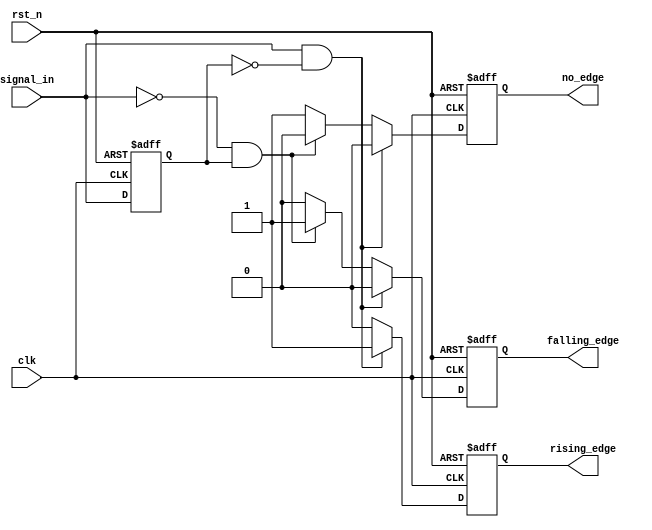
module DifferentialEdgeDetector (
    input wire clk,            // Clock input
    input wire rst_n,         // Active-low reset
    input wire signal_in,     // Input signal to monitor
    output reg rising_edge,    // Output signal for rising edge detection
    output reg falling_edge,   // Output signal for falling edge detection
    output reg no_edge         // Output signal for no edge
);

    // Memory block to hold the previous state of the input signal
    reg prev_signal;

    // Always block triggered on the rising edge of the clock or active-low reset
    always @(posedge clk or negedge rst_n) begin
        if (!rst_n) begin
            // Reset logic: Initialize registers
            prev_signal <= 1'b0;
            rising_edge <= 1'b0;
            falling_edge <= 1'b0;
            no_edge <= 1'b1; // No edge by default
        end else begin
            // Edge detection logic
            // Clear output signals
            rising_edge <= 1'b0;
            falling_edge <= 1'b0;
            no_edge <= 1'b0;

            // Check for rising edge
            if (signal_in == 1'b1 && prev_signal == 1'b0) begin
                rising_edge <= 1'b1;
            end
            // Check for falling edge
            else if (signal_in == 1'b0 && prev_signal == 1'b1) begin
                falling_edge <= 1'b1;
            end
            // If no edge detected
            else begin
                no_edge <= 1'b1;
            end
            
            // Update the previous signal state
            prev_signal <= signal_in;
        end
    end

endmodule